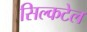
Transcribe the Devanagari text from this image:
सिल्कटेल